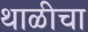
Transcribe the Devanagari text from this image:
थाळीचा